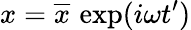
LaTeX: x=\overline{{x}}\, \exp(i\omega t^{\prime})